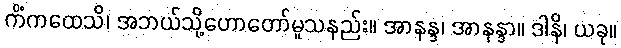
ကိံကထေသိ၊ အဘယ်သို့ဟောတော်မူသနည်း။ အာနန္ဒ၊ အာနန္ဒာ။ ဒါနိ၊ ယခု။